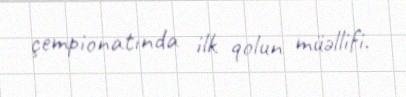
çempionatında ilk qolun müəllifi.